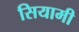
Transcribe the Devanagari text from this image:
सियामी